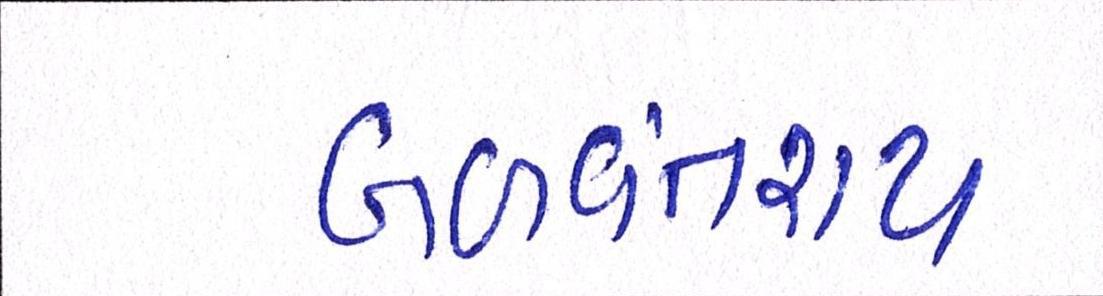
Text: બળવંતરાય